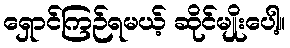
ရှောင်ကြဉ်ရမယ့် ဆိုင်မျိုးပေါ့။